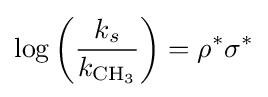
\log \left({\frac {k_{s}}{k_{{\ce {CH3}}}}}\right)=\rho ^{*}\sigma ^{*}